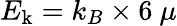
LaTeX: E_{\mathrm{k}}=k_{B}\times 6~\mu